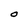
Character: O